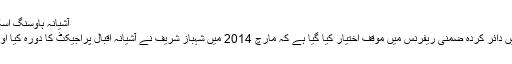
آشیانہ ہاوسنگ اسکیم اسکینڈل: شہباز شریف کیخلاف ضمنی ریفرنس دائر
لاہور: (دنیا نیوز) نیب کی جانب سے احتساب عدالت میں دائر کردہ ضمنی ریفرنس میں موقف اختیار کیا گیا ہے کہ مارچ 2014 میں شہباز شریف نے آشیانہ اقبال پراجیکٹ کا دورہ کیا اور اکتوبر 2014 میں غیر قانونی احکامات جاری کیے۔